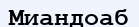
Миандоаб